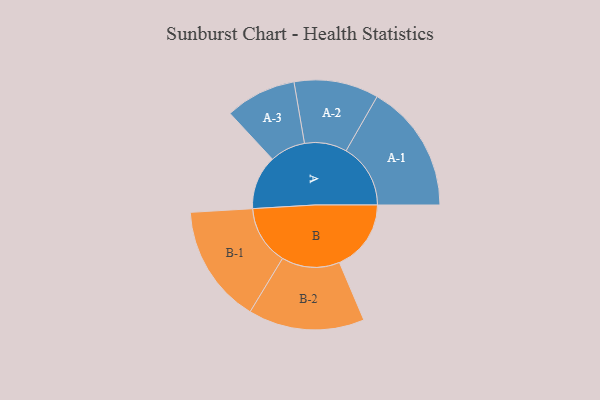
{"axis": {"x": "Segment", "y": "Value"}, "legend": ["", "A", "B"], "data": [{"x": "A", "y": 239, "type": ""}, {"x": "B", "y": 317, "type": ""}, {"x": "A-1", "y": 285, "type": "A"}, {"x": "A-2", "y": 187, "type": "A"}, {"x": "A-3", "y": 157, "type": "A"}, {"x": "B-1", "y": 262, "type": "B"}, {"x": "B-2", "y": 257, "type": "B"}]}